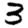
Digit: 3